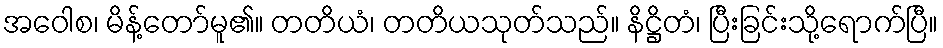
အဝေါစ၊ မိန့်တော်မူ၏။ တတိယံ၊ တတိယသုတ်သည်။ နိဋ္ဌိတံ၊ ပြီးခြင်းသို့ရောက်ပြီ။